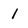
Character: 1